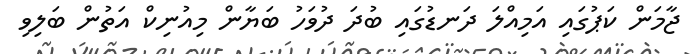
ޖާމަން ކަޕުގައި އަމިއްލަ ދަނޑުގައި ބުދަ ދުވަހު ބަޔާން މިއުނިކް އަތުން ބަލިވި